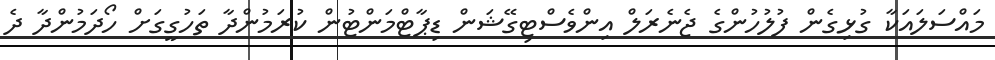
މައްސަލައަކާ ގުޅިގެން ފުލުހުންގެ ޖެނެރަލް އިންވެސްޓިގޭޝަން ޑިޕާޓްމަންޓުން ކުރަމުންދާ ތަހުގީގަށް ހޯދަމުންދާ ދެ